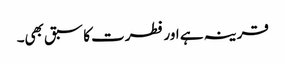
قرینہ ہے اور فطرت کا سبق بھی۔